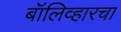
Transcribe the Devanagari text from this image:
बॉलिव्हारचा